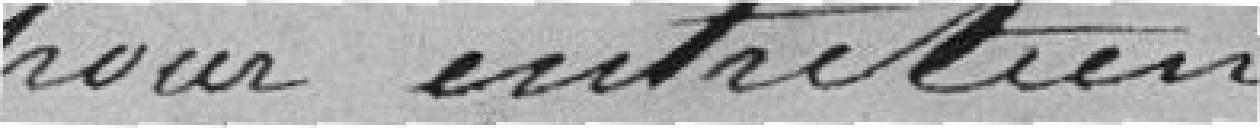
pour entretien